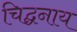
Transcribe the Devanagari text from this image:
चिद्घनाय